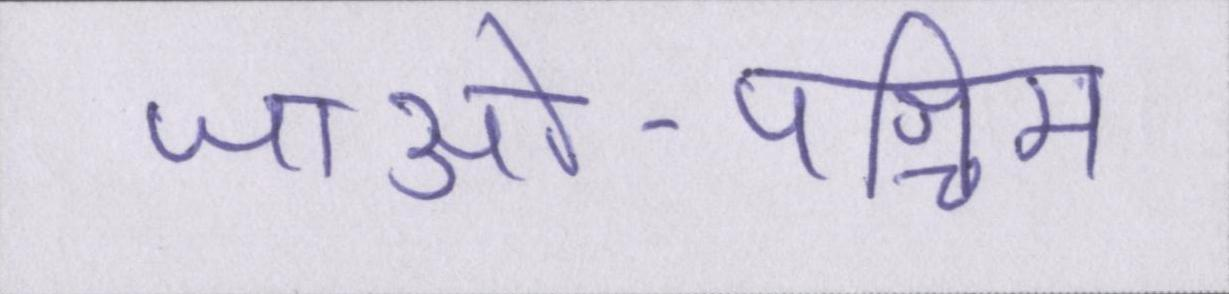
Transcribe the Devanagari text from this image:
जाओ-पश्चिम